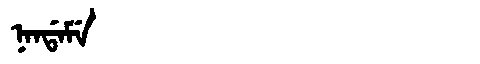
Manchu: ᠨᠠᠨᡩᠠᠮᡝ
Romanization: NANDAME